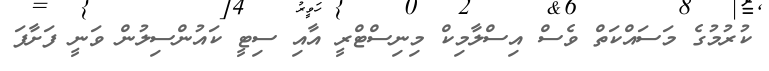
ކުރުމުގެ މަސައްކަތް ވެސް އިސްލާމިކް މިނިސްޓްރީ އާއި ސިޓީ ކައުންސިލުން ވަނީ ފަށާފަ